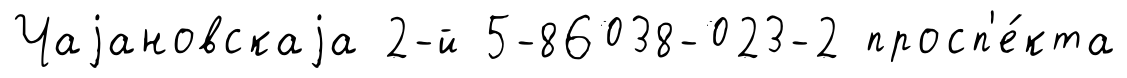
Чаjановскаjа 2-й 5-86038-023-2 просп'е́кта